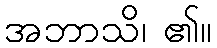
အဘာသိ၊ ၏။